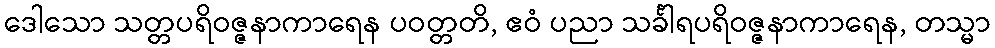
ဒေါသော သတ္တပရိဝဇ္ဇနာကာရေန ပဝတ္တတိ, ဧဝံ ပညာ သင်္ခါရပရိဝဇ္ဇနာကာရေန, တသ္မာ